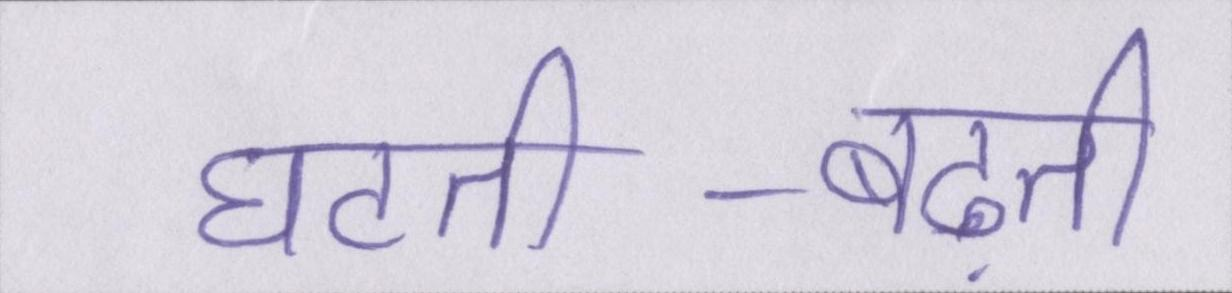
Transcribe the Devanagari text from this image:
घटती-बढ़ती